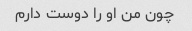
چون من او را دوست دارم